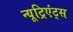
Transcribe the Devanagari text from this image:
न्यूट्रिएंट्स